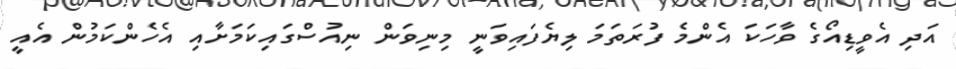
އަދި އެވީޑިއޯގެ ވާހަކަ އެންމެ ފުރަތަމަ ލިޔެފައިވަނީ މިނިވަން ނިއުސްގައިކަމަށާއި އެހެންކަމުން އެއީ